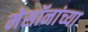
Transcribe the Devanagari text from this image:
मेसॉनांच्या